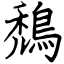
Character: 鵚